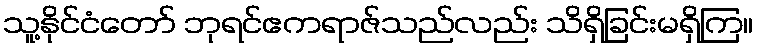
သူ့နိုင်ငံတော် ဘုရင်ဧကရာဇ်သည်လည်း သိရှိခြင်းမရှိကြ။